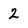
Character: 2